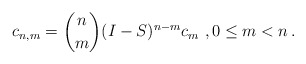
\begin{align*}c_{n,m} = \binom{n}{m}(I-S)^{n-m}c_m\ , 0\le m<n\,.\end{align*}